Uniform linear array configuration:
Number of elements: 64
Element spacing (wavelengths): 0.25
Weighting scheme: cosine
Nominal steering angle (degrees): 0
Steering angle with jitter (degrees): -1.502
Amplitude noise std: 0.05
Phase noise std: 0.05

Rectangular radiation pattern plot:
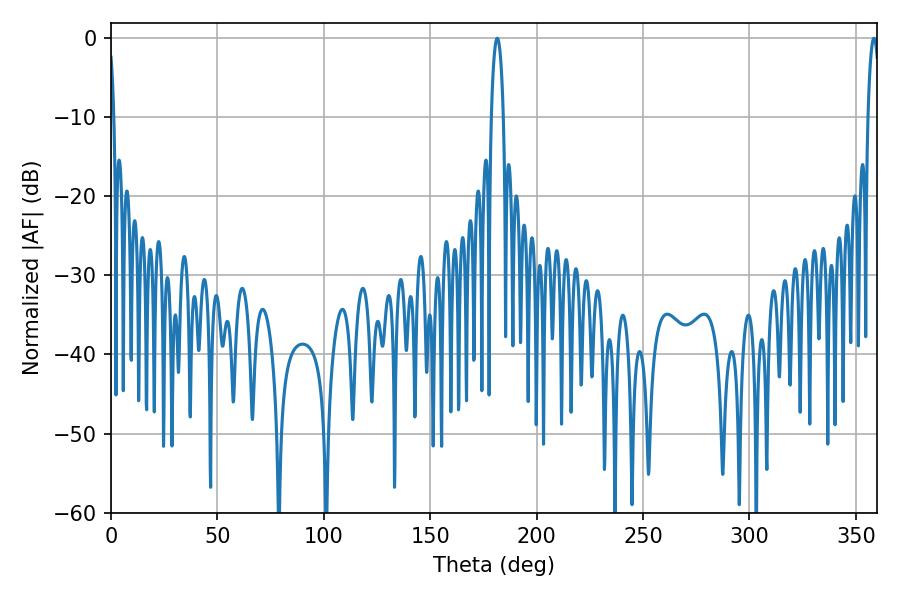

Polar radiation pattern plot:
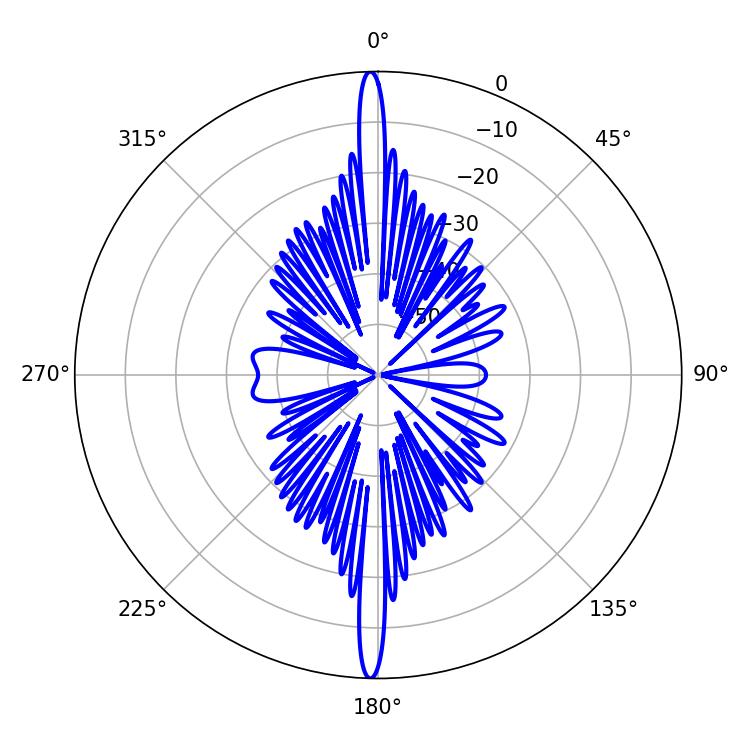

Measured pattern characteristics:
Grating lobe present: FALSE
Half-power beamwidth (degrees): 3.06
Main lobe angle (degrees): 181.44